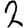
Digit: 2